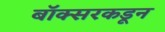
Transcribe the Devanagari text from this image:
बॉक्सरकडून